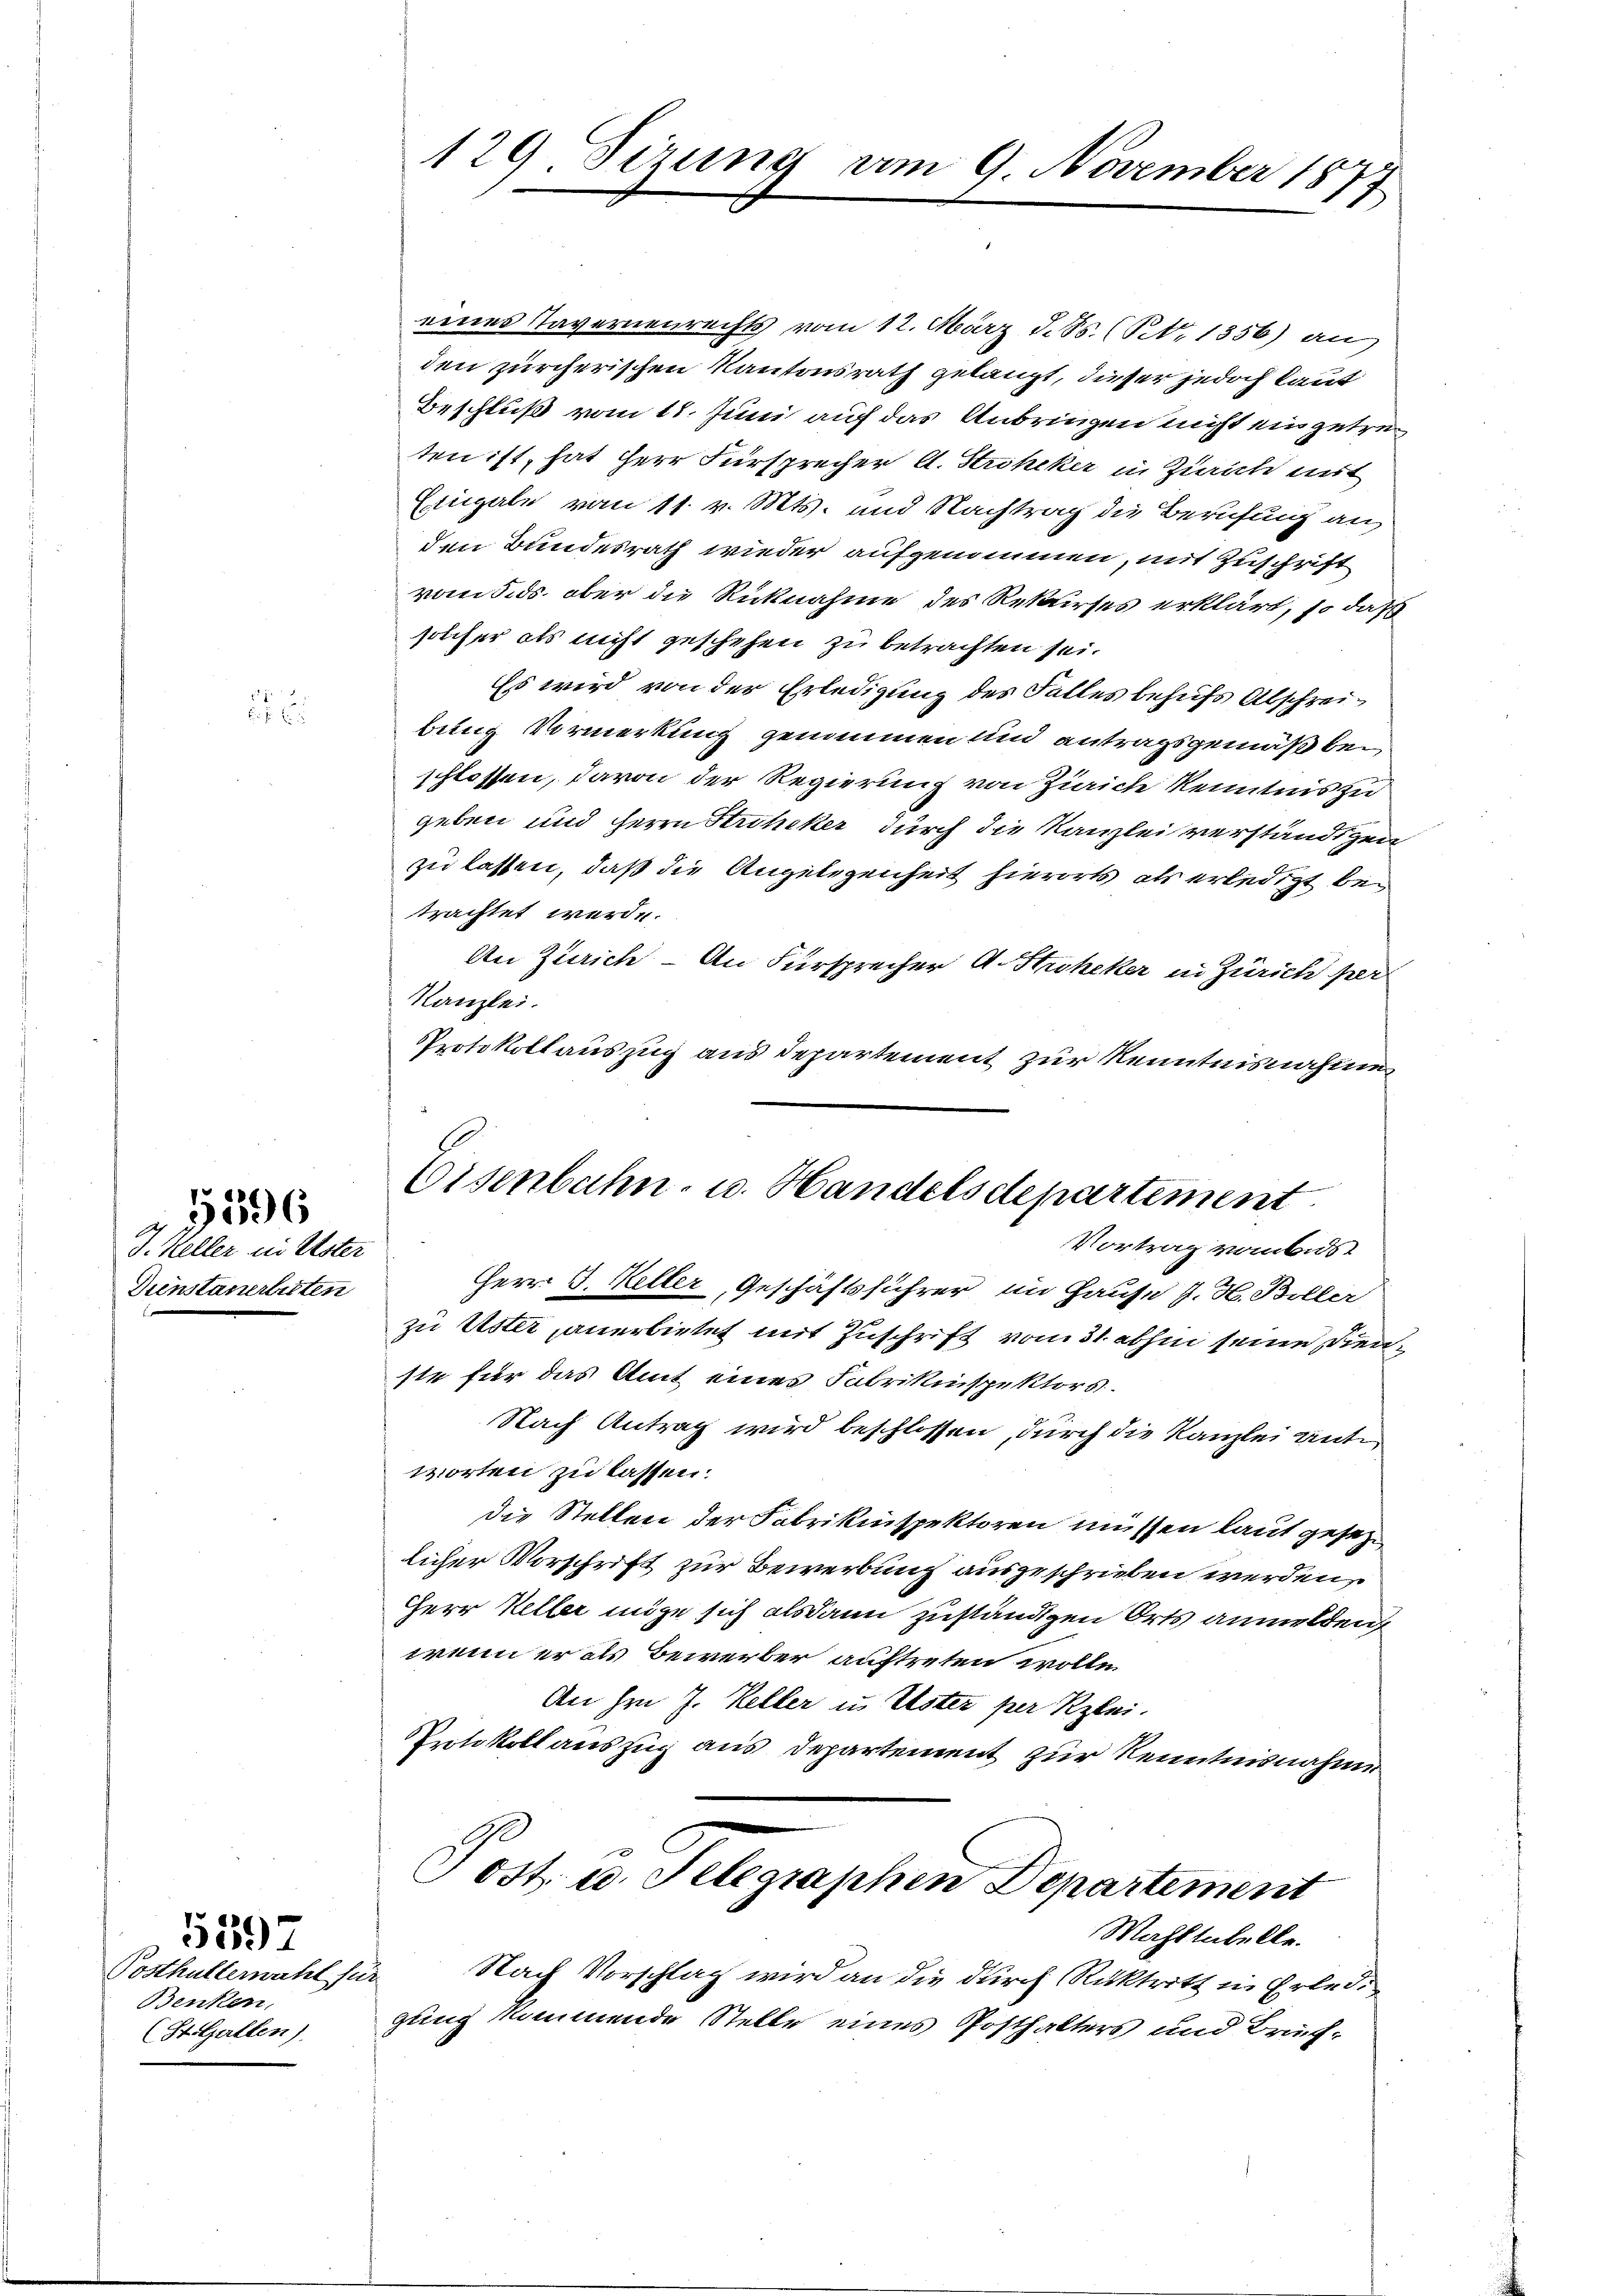
d. Keller in Uster
Dunstanerbitten

296

Benken,
(St. Gallen)

5397

eines Tavernenrechts vom 12. März d. Js. (Pett. 1356) an
den zürcherischen Kantonsrath gelangt, dieser jedoch laut
Beschluß vom 11. Juni auf das Anbringen nicht einzutreten ist, hat Herr Fürsprecher A. Stroheker in Zürich mit
Eingabe vom 11. v. Mts. und Nachtrag die Berufung an,
den Bundesrath wieder aufgenommen, mit Zuschrift
vom 5. ds. ober die Rücknahme des Rekurses erklärt, so daß
solcher als nicht geschehen zu betrachten sei.
Es wird von der Erledigung des Falles behufs Abschreibung Vormerkung genommen und antragsgemäß bei
schlossen, davon der Regierung von Zürich kenntnis zu
geben und Herrn Stroheker durch die Kanzlei verständigen
zu lassen, daß die Angelegenheit hierorts als erledigt bei
trachtet werde.
An Zürich - An Fürsprecher A. Stroheker in Zürich per
Kanzlei.
Protokollauszug aus Departement zur Kenntnisnahme
Herr J. Keller, Geschäftsführer im Hause J. H. Boller
zu Uster anerbietet mit Zuschrift vom 31. abhin seine Dienste für das Amt eines Fabrikinspektors.
Nach Antrag wird beschlossen, durch die Kanzlei ante
worten zu lassen.
die Stellen der Fabrikinspektoren müssen laut gesezlicher Vorschrift zur Bewerbung ausgeschrieben werden,
Herr Keller möge sich alsdann zuständigen Orts anmelden
wenn er als Bewerber auftreten wolle.
An hin J. Keller in Uster per Klei
Protokoll auszug aus Departement zur Kenntnisnahme
Post. u. Telegraphen Departement
Mahltatelle.
Posthalternahl für Nach Vorschlag wird an die durch Rücktritt in Erledi
gung kommende Stelle eines Posthalters und Bruf-

129. Sizung am 9. November 1877

Eisenbahn- u. Handelsdepartement
Vortrag von Aus